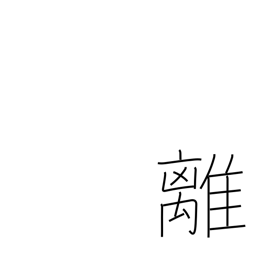
Meaning: digress